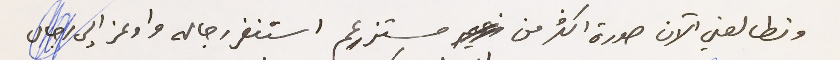
وتطالعني الآن صورة اكثر من مستزعِم استنفر رجاله واوعز الى رجال